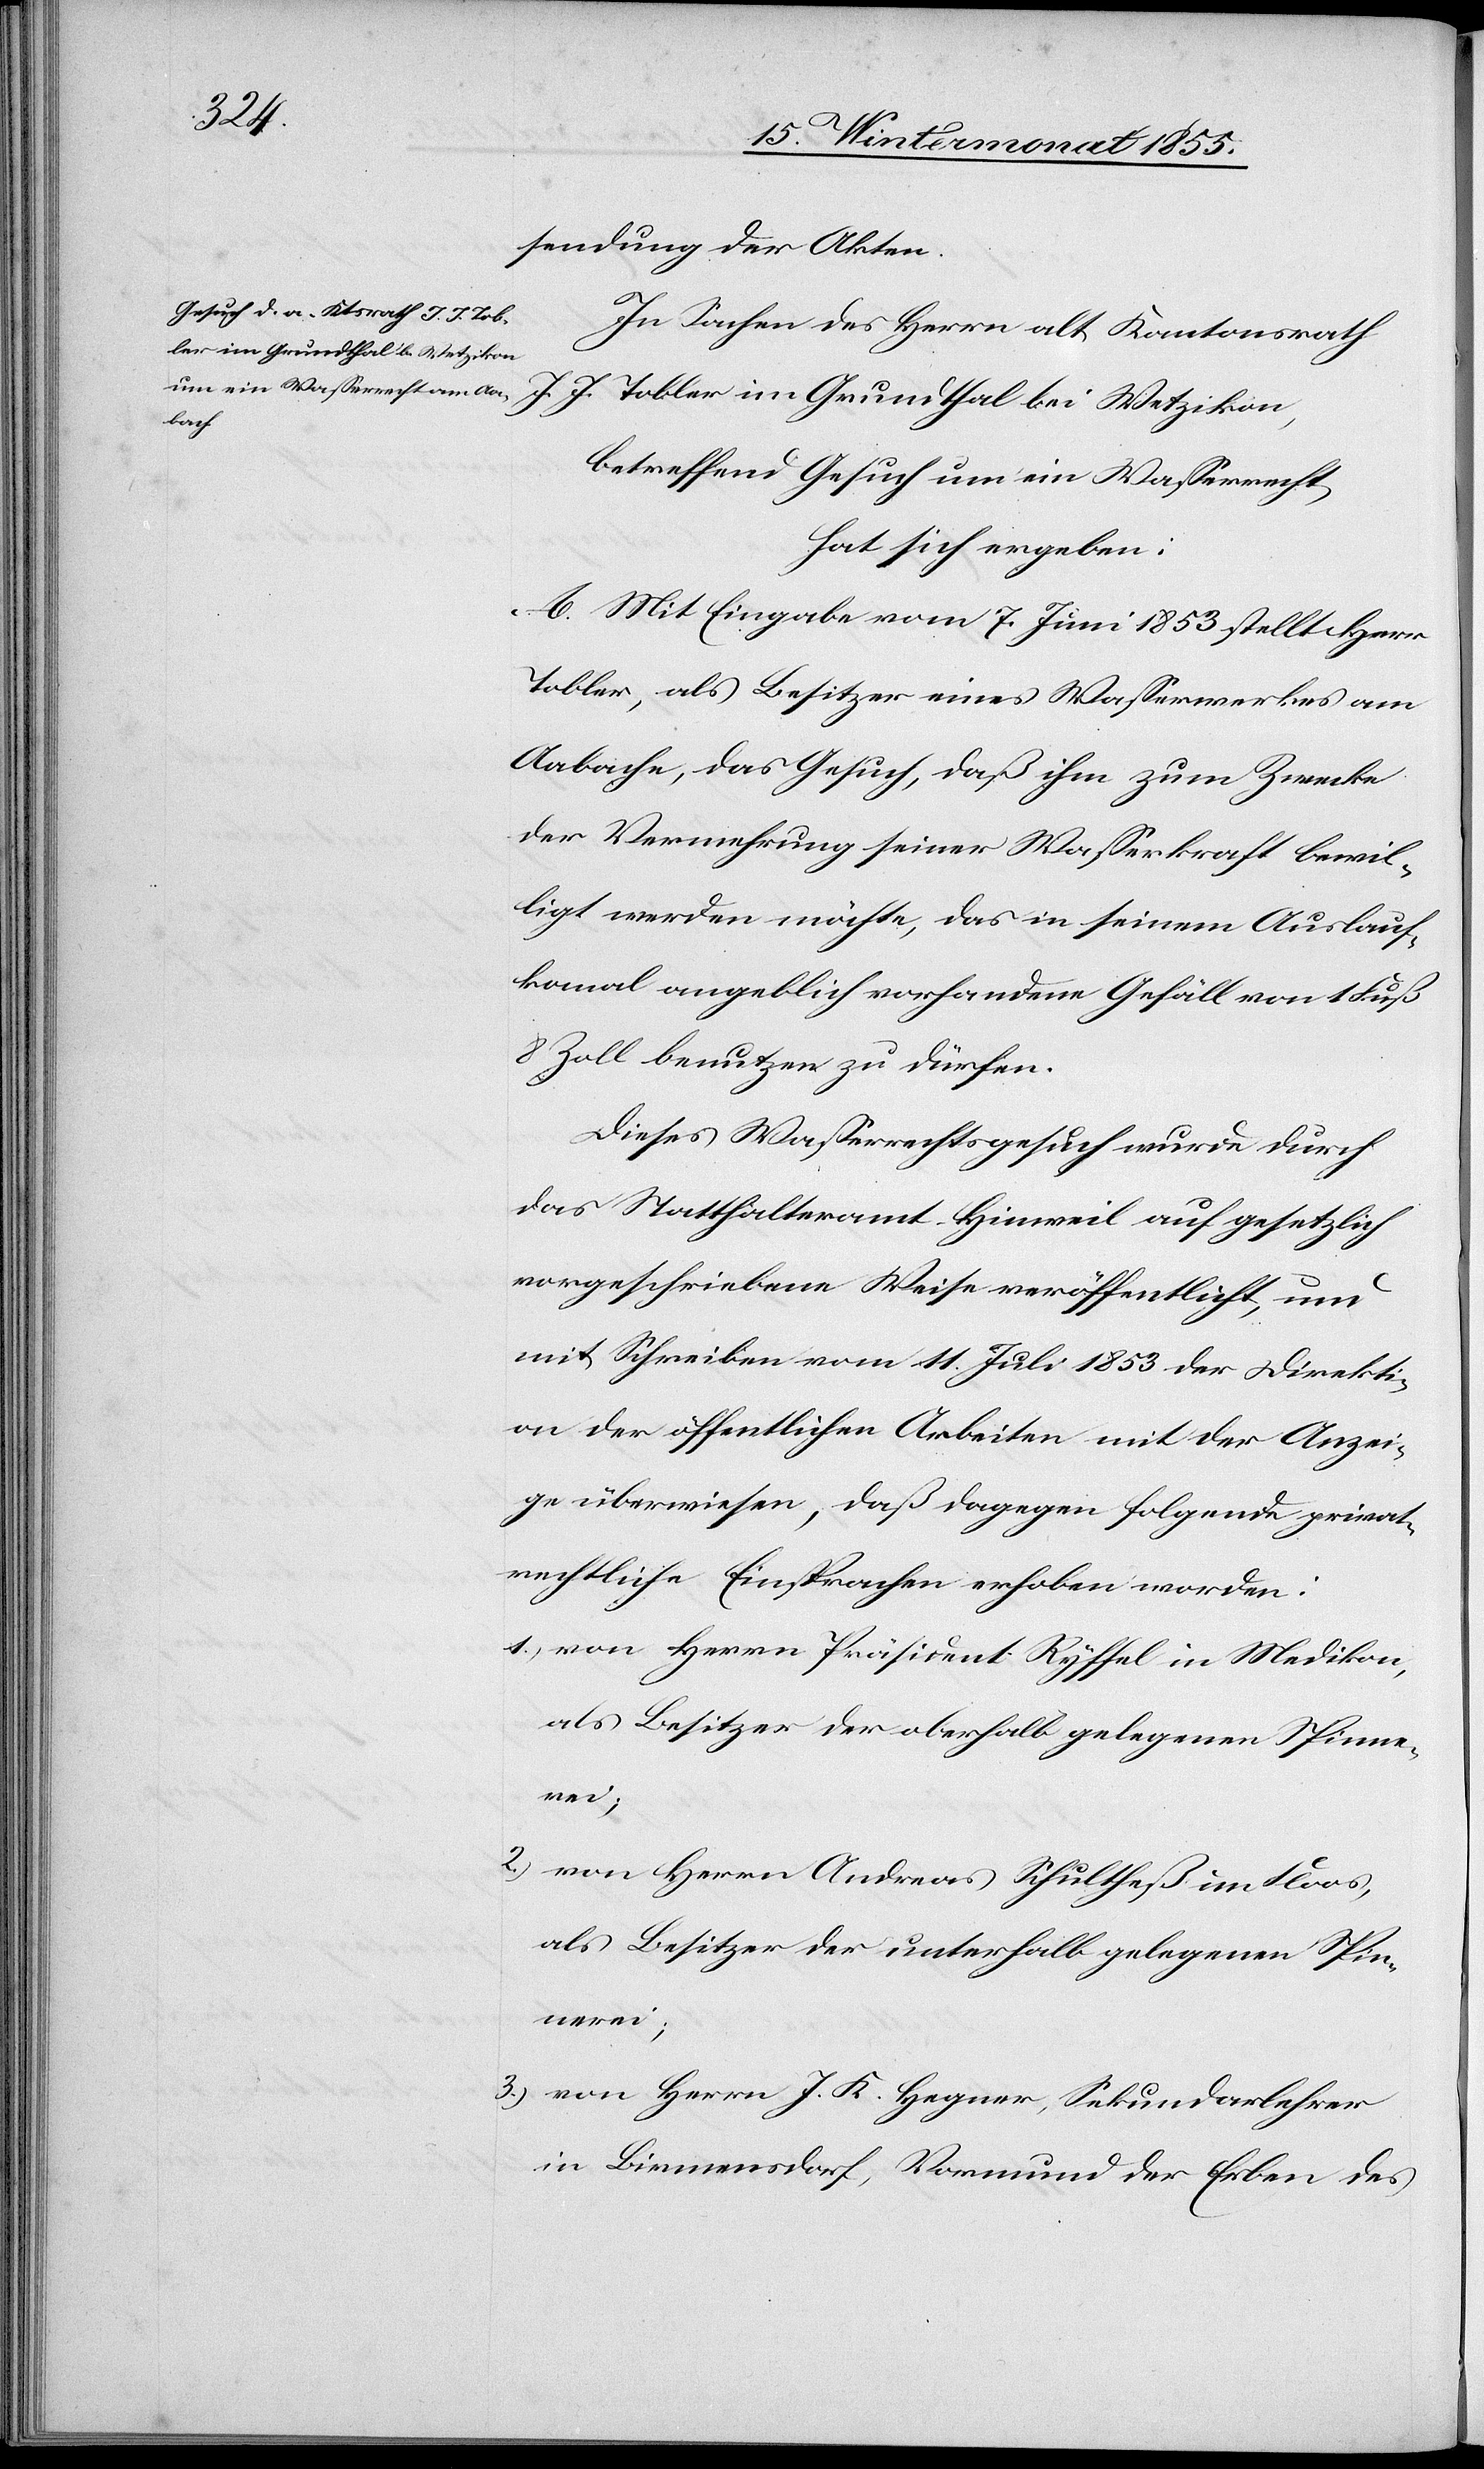
sendung der Akten.
In Sachen des Herrn alt Kantonsrath
J. J. Tobler im Grundthal bei Wetzikon,
betreffend Gesuch um ein Wasserrecht,
hat sich ergeben:
A. Mit Eingabe vom 7. Juni 1853 stellt Herr
Tobler, als Besitzer eines Wasserwerkes am
Aabache, das Gesuch, daß ihm zum Zwecke
der Vermehrung seiner Wasserkraft bewil¬
ligt werden möchte, das in seinem Auslauf¬
kanal angeblich vorhandene Gefäll von 1 Fuß
8 Zoll benutzen zu dürfen.
Dieses Wasserrechtsgesuch wurde durch
das Statthalteramt Hinweil auf gesetzlich
vorgeschriebene Weise veröffentlicht, und
mit Schreiben vom 11. Juli 1853 der Direkti¬
on der öffentlichen Arbeiten mit der Anzei¬
ge überwiesen, daß dagegen folgende privat¬
rechtliche Einsprachen erhoben worden:
von Herrn Präsident Ryffel in Medikon,
als Besitzer der oberhalb gelegenen Spinne¬
rei;
3.)
von Herrn Andreas Schultheß im Floos,
als Besitzer der unterhalb gelegenen Spin¬
nerei;
von Herrn J. K. Hegner, Sekundarlehrer
in Birmensdorf, Vormund der Erben des